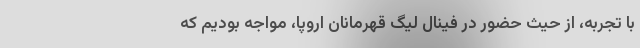
با تجربه، از حیث حضور در فینال لیگ قهرمانان اروپا، مواجه بودیم که